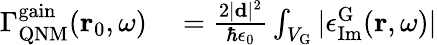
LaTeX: \begin{array}{rl}{\Gamma_{\mathrm{QNM}}^{\mathrm{gain}}(\mathbf{r}_{0},\omega)}&{{}=\frac{2|\mathbf{d}|^{2}}{\hbar\epsilon_{0}}\int_{V_{\mathrm{G}}}|\epsilon_{\mathrm{Im}}^{\mathrm{G}}(\mathbf{r},\omega)|}\end{array}